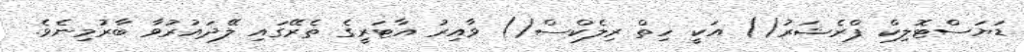
ޑަޔަސްޓޮލިކް ޕްރެޝަރު() އަކީ ހިތް ރިލެކްސް() ވާއިރު އާޓަރީގެ ތެރޭގައި ލޭދައުރުވާ ބާރުމިނެވެ.